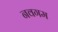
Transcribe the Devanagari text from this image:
नवगम